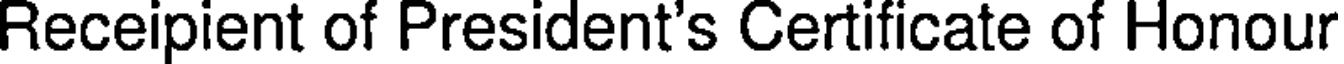
Receipient of President's Certificate of Honour